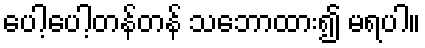
ပေါ့ပေါ့တန်တန် သဘောထား၍ မရပါ။